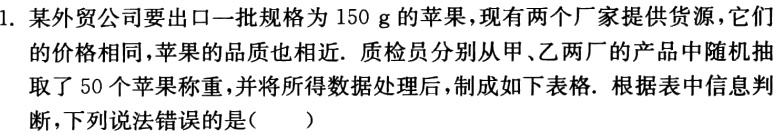
1. 某外贸公司要出口一批规格为 150 g 的苹果，现有两个厂家提供货源，它们的价格相同，苹果的品质也相近. 质检员分别从甲、乙两厂的产品中随机抽取了 50 个苹果称重，并将所得数据处理后，制成如下表格. 根据表中信息判断，下列说法错误的是（  ）